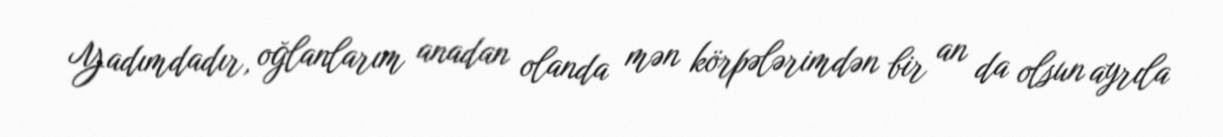
Yadımdadır, oğlanlarım anadan olanda mən körpələrimdən bir an da olsun ayrıla